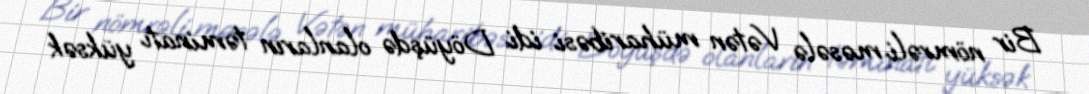
Bir nömrəli məsələ Vətən müharibəsi idi. Döyüşdə olanların təminatı yüksək